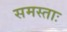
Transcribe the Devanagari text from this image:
समस्ताः